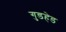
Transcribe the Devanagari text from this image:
गुडहेड